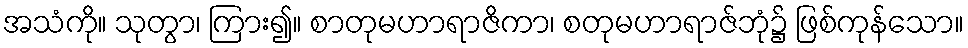
အသံကို။ သုတွာ၊ ကြား၍။ စာတုမဟာရာဇိကာ၊ စတုမဟာရာဇ်ဘုံ၌ ဖြစ်ကုန်သော။